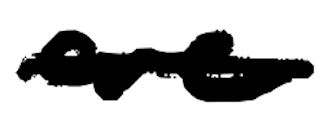
Text: are
Cross-out: single-line
Writing tool: digital_black